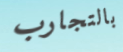
بالتجارب